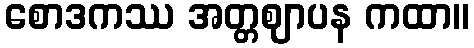
စောဒကဿ အတ္တဈာပန ကထာ။